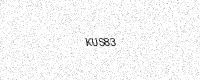
Text: KUS83